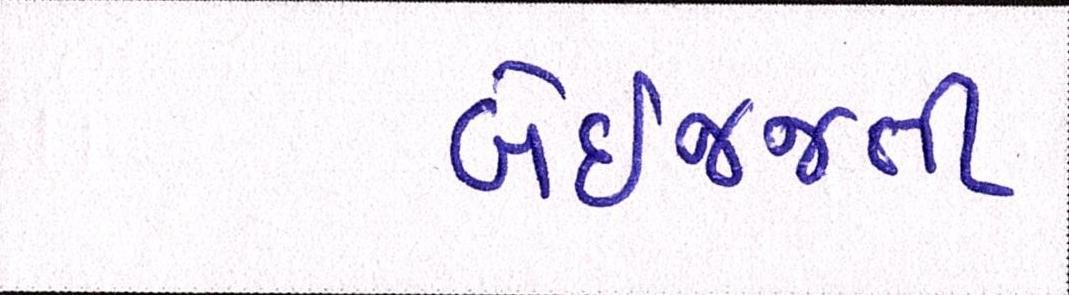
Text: બેઇજ્જતી